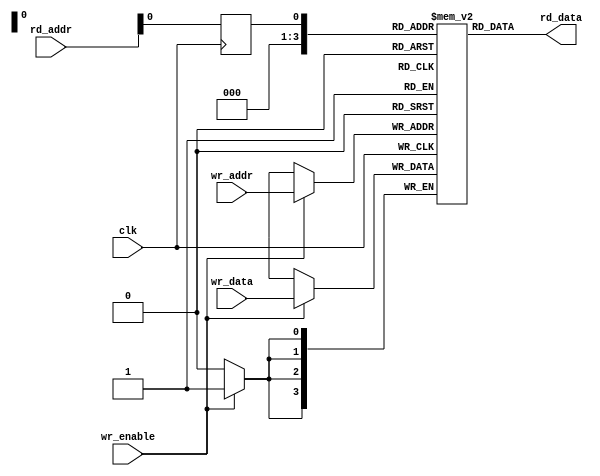
module memtest04(clk, wr_addr, wr_data, wr_enable, rd_addr, rd_data);
input clk, wr_enable;
input [3:0] wr_addr, wr_data, rd_addr;
output [3:0] rd_data;
reg rd_addr_buf;
reg [3:0] memory [0:15];
always @(posedge clk) begin
	if (wr_enable)
		memory[wr_addr] <= wr_data;
	rd_addr_buf <= rd_addr;
end
assign rd_data = memory[rd_addr_buf];
endmodule